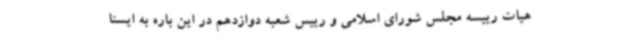
هیات رییسه مجلس شورای اسلامی و رییس شعبه دوازدهم در این باره به ایسنا